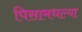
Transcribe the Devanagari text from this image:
पिसामधल्या